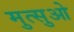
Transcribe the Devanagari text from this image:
मुत्सुओ